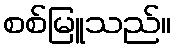
စစ်မြူသည်။